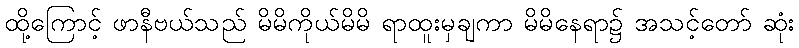
ထို့ကြောင့် ဖာနီဗယ်သည် မိမိကိုယ်မိမိ ရာထူးမှချကာ မိမိနေရာ၌ အသင့်တော် ဆုံး